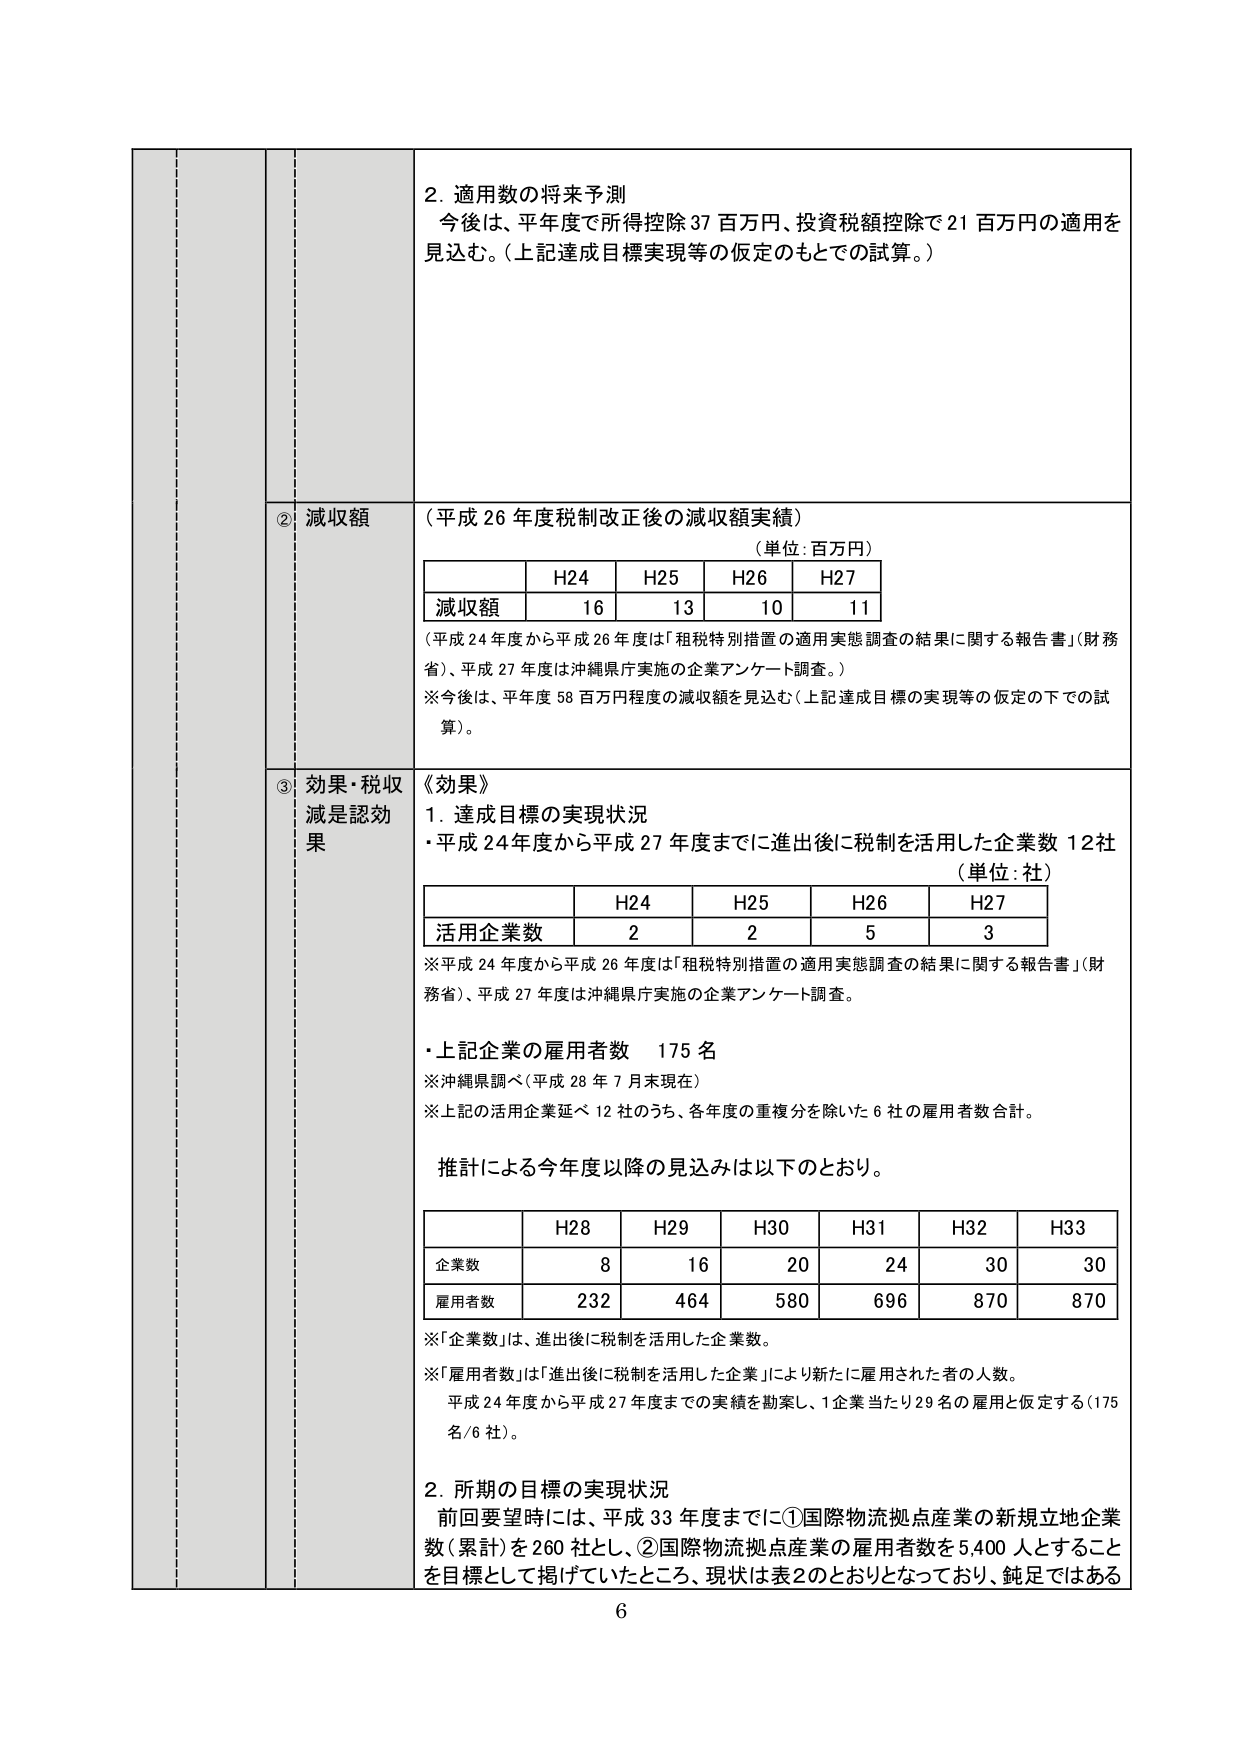
2. 適用数の将来予測
今後は、平年度で所得控除37百万円、投資税額控除で21百万円の適用を見込む。（上記達成目標実現等の仮定のもとでの試算。）

② 減収額
（平成26年度税制改正後の減収額実績）
（単位：百万円）
| | H24 | H25 | H26 | H27 |
|---|---|---|---|---|
| 減収額 | 16 | 13 | 10 | 11 |
（平成24年度から平成26年度は「租税特別措置の適用実態調査の結果に関する報告書」（財務省）、平成27年度は沖縄県庁実施の企業アンケート調査。）
※今後は、平年度58百万円程度の減収額を見込む（上記達成目標の実現等の仮定の下での試算）。

③ 効果・税収減是認効果
《効果》
1. 達成目標の実現状況
・平成24年度から平成27年度までに進出後に税制を活用した企業数 12社
（単位：社）
| | H24 | H25 | H26 | H27 |
|---|---|---|---|---|
| 活用企業数 | 2 | 2 | 5 | 3 |
※平成24年度から平成26年度は「租税特別措置の適用実態調査の結果に関する報告書」（財務省）、平成27年度は沖縄県庁実施の企業アンケート調査。

・上記企業の雇用者数 175名
※沖縄県調べ（平成28年7月末現在）
※上記の活用企業延べ12社のうち、各年度の重複分を除いた6社の雇用者数合計。

推計による今年度以降の見込みは以下のとおり。
| | H28 | H29 | H30 | H31 | H32 | H33 |
|---|---|---|---|---|---|---|
| 企業数 | 8 | 16 | 20 | 24 | 30 | 30 |
| 雇用者数 | 232 | 464 | 580 | 696 | 870 | 870 |
※「企業数」は、進出後に税制を活用した企業数。
※「雇用者数」は「進出後に税制を活用した企業」により新たに雇用された者の人数。
平成24年度から平成27年度までの実績を勘案し、1企業当たり29名の雇用と仮定する（175名/6社）。

2. 所期の目標の実現状況
前回要望時には、平成33年度までに①国際物流拠点産業の新規立地企業数（累計）を260社とし、②国際物流拠点産業の雇用者数を5,400人とすることを目標として掲げていたところ、現状は表2のとおりとなっており、鈍足ではある

6